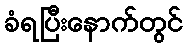
ခံရပြီးနောက်တွင်